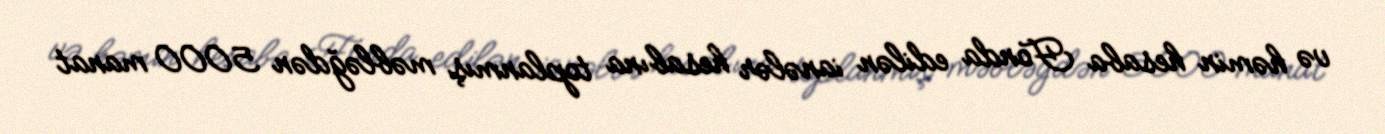
və həmin hesaba Fonda edilən ianələr hesabına toplanmış məbləğdən 5000 manat